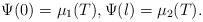
LaTeX: \begin{align*} \Psi(0) = \mu_{1}(T), \Psi(l) = \mu_{2}(T). \end{align*}